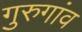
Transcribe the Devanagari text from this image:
गुरुगांव